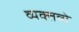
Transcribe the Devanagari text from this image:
व्यक्तव्ये